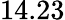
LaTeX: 14.23